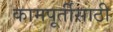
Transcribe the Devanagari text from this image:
कामपूर्तीसाठी